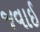
જવાઈ